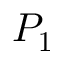
\boldsymbol { P _ { 1 } }